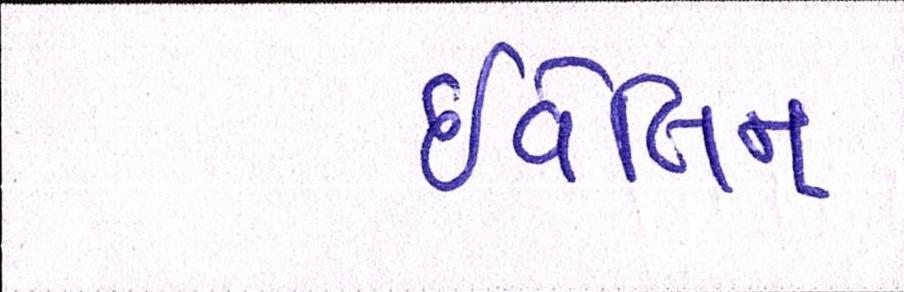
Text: ઇવેલિન